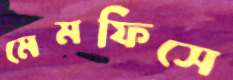
মেমফিসে